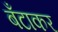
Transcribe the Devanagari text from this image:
बँटाकर